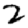
Digit: 2